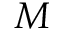
M